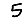
Digit: 5